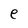
Character: e